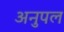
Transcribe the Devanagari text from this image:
अनुपल